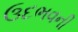
ઉદભવની